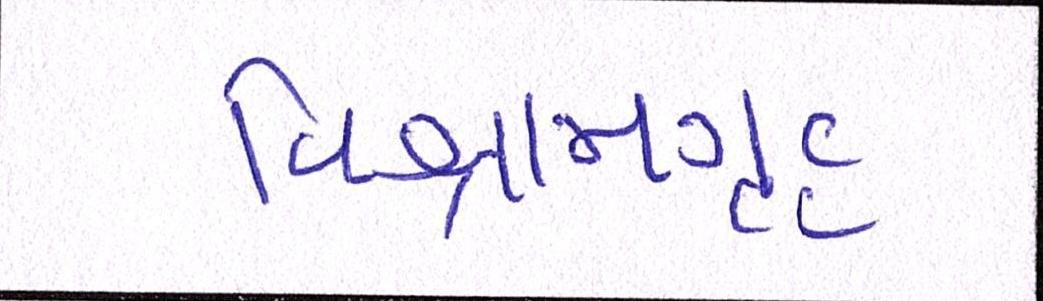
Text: વિશ્રામગૃહ